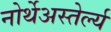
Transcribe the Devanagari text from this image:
नोर्थेअस्तेर्ल्य